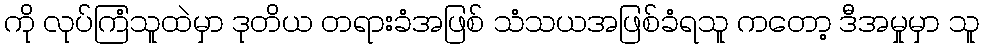
ကို လုပ်ကြံသူထဲမှာ ဒုတိယ တရားခံအဖြစ် သံသယအဖြစ်ခံရသူ ကတော့ ဒီအမှုမှာ သူ